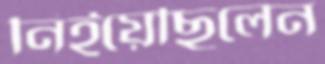
নিইয়েছিলেন